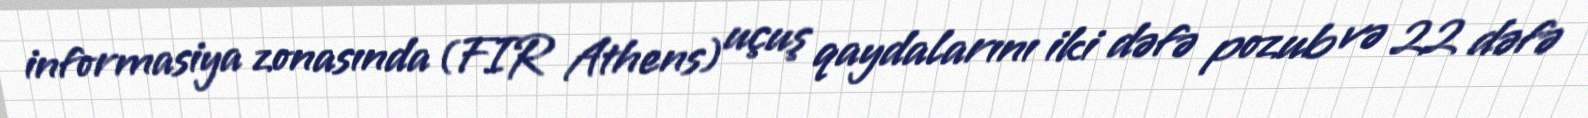
informasiya zonasında (FIR Athens) uçuş qaydalarını iki dəfə pozub və 22 dəfə